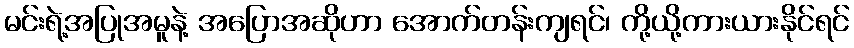
မင်းရဲ့အပြုအမူနဲ့ အပြောအဆိုဟာ အောက်တန်းကျရင်၊ ကို့ယို့ကားယားနိုင်ရင်